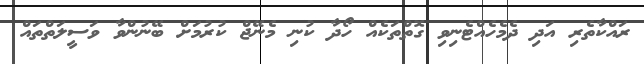
ރައްކާތެރި އަދި ދެމެހެއްޓެނިވި ގޮތްތަކެއް ހޯދާ ކުނި މެނޭޖް ކުރުމަށް ބޭނުންވާ ވަސީލަތްތައް